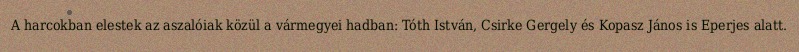
A harcokban elestek az aszalóiak közül a vármegyei hadban: Tóth István, Csirke Gergely és Kopasz János is Eperjes alatt.